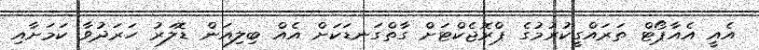
އެއީ އެއާޕޯޓް ތަރައްގީކުރުމުގެ ޕްރޮޖެކްޓަށް ގާތްގަނޑަކަށް އެއް ބިލިއަން ޑޮލަރު ހަރަދުވާ ކަމަށާއި